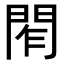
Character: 𨴃